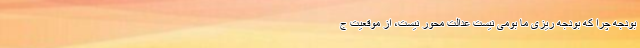
بودجه چرا که بودجه ریزی ما بومی نیست عدالت محور نیست، از موقعیت ج